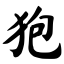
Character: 狍